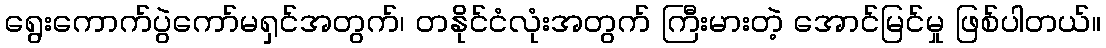
ရွေးကောက်ပွဲကော်မရှင်အတွက်၊ တနိုင်ငံလုံးအတွက် ကြီးမားတဲ့ အောင်မြင်မှု ဖြစ်ပါတယ်။